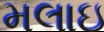
મલાઇ